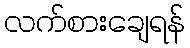
လက်စားချေရန်